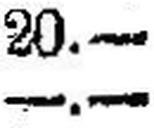
—.—